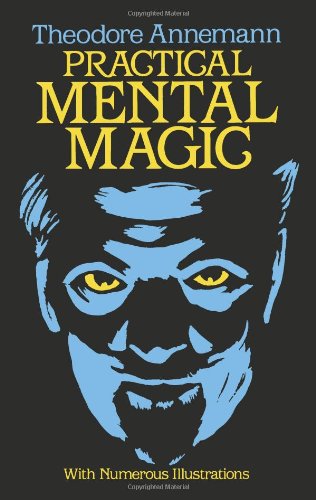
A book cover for Practical Mental Magic (Dover Magic Books); Theodore Annemann; Humor & Entertainment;